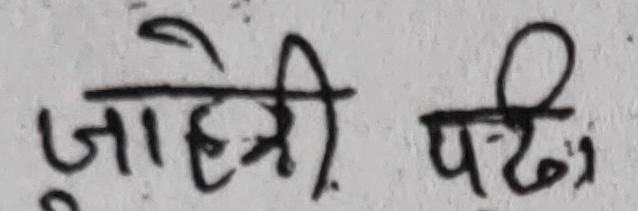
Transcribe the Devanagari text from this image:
जाहेरी पर्दा,